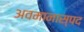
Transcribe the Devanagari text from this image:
अवमानास्पद